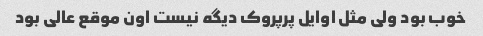
خوب بود ولی مثل اوایل پرپروک دیگه نیست اون موقع عالی بود